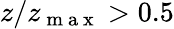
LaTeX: z/z_{\mathrm{~m~a~x~}}>0.5